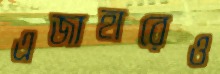
এজাহারেও